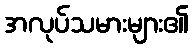
အလုပ်သမားများ၏